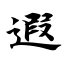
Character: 遐